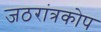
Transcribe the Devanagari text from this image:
जठरांत्रकोप